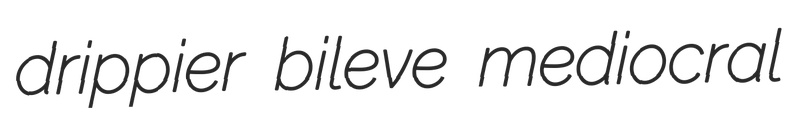
drippier bileve mediocral